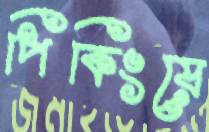
পিকিংয়ে